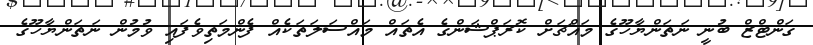
ގަންޓްޒް ބުނީ ނަތަންޔާހޫގެ މައްޗަށް ކޮރަޕްޝަންގެ އެތައް މައްސަލަތަކެއް ފެންމަތިވެފައި ވުމުން ނަތަންޔާހޫގެ